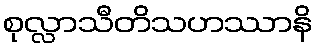
စုလ္လာသီတိသဟဿာနိ